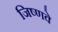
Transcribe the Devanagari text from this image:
जिष्णवे